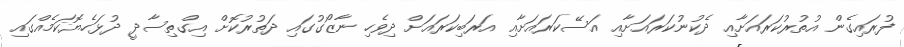
ފުރައިގެން އުތުރުކަރައަށާއި ދެކުނުކަރައަށާއި އަސޭކަރައަށާއި އަރަބިކަރައަށް ދިވެހި ނާޒޯގުގައި ދަތުރުކޮށް އިގްތިސާދީ ދުޅަހެޔޮކަމެއްގައި